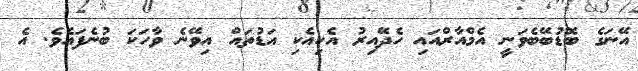
އޭނަގެ ބޮޑުބޭބެވަނީ އެމްއާރްއައި ހެދޭއިރު އެކިއެކި އަޑުތައް އިވޭނެ ވާހަކަ ބުނެފައެވެ. އެ